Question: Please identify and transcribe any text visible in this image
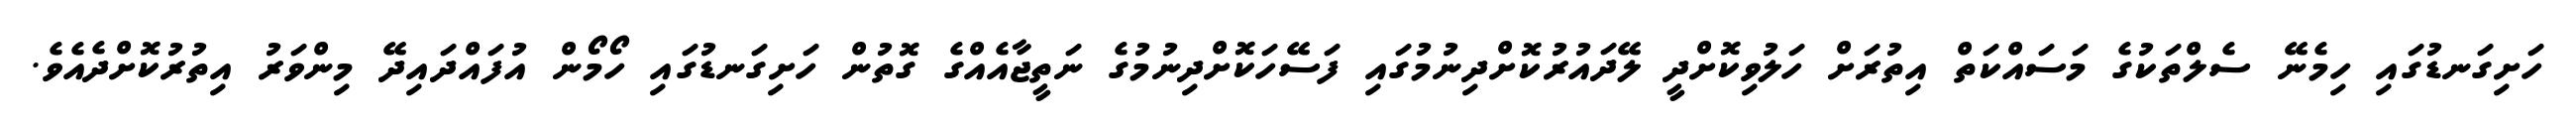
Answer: ހަށިގަނޑުގައި ހިމެނޭ ސެލްތަކުގެ މަސައްކަތް އިތުރަށް ހަލުވިކޮށްދީ ލޭދައުރުކޮށްދިނުމުގައި ފަސޭހަކޮށްދިނުމުގެ ނަތީޖާއެއްގެ ގޮތުން ހަށިގަނޑުގައި ހޯމޯން އުފައްދައިދޭ މިންވަރު އިތުރުކޮށްދެއެވެ.